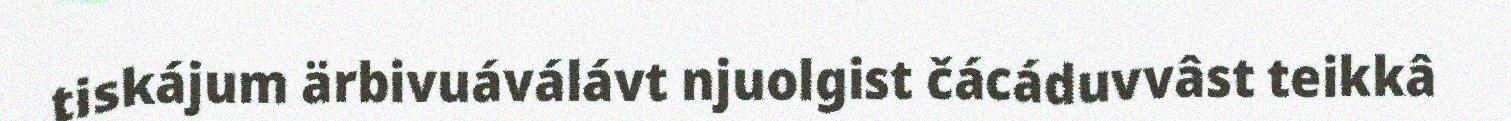
tiskájum ärbivuáválávt njuolgist čácáduvvâst teikkâ